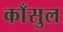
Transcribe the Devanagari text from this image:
काँसुल